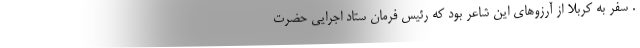
. سفر به کربلا از آرزوهای این شاعر بود که رئیس فرمان ستاد اجرایی حضرت